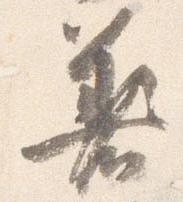
着